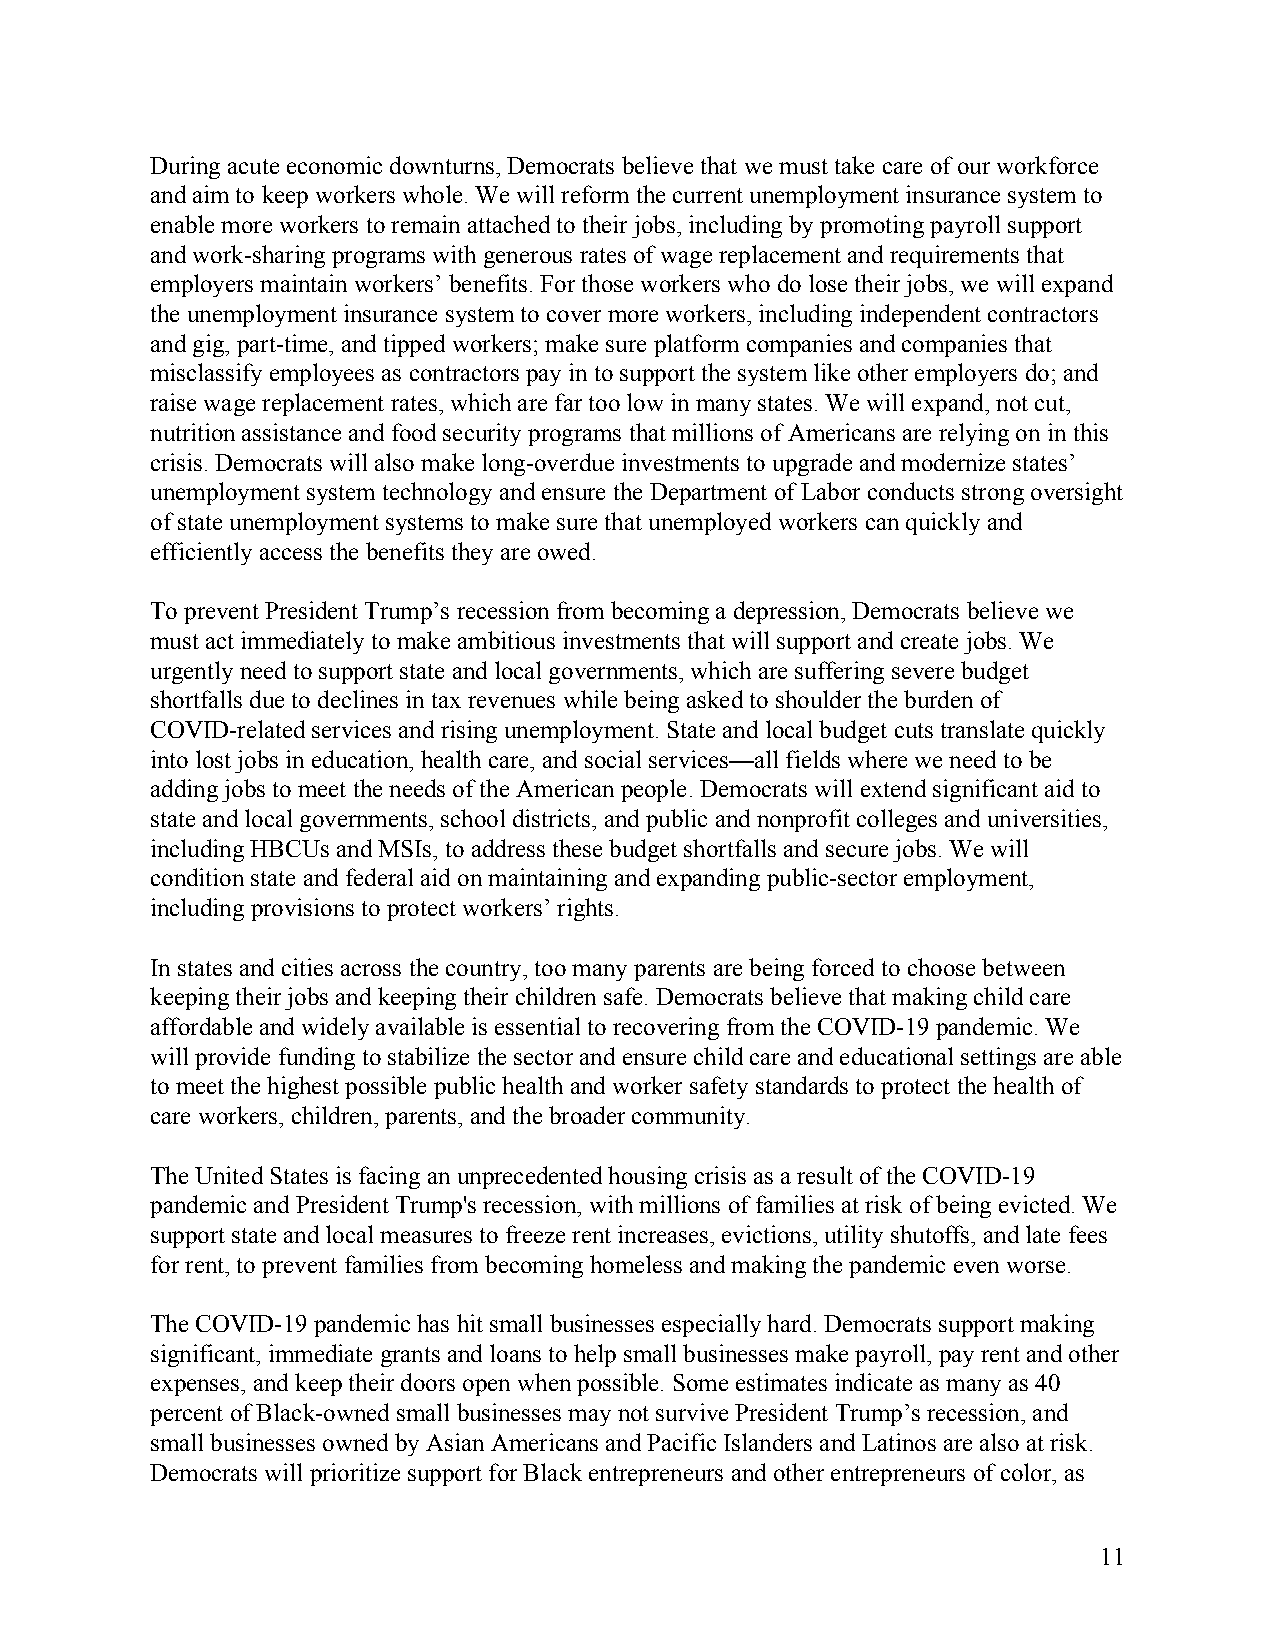
During acute economic downturns, Democrats believe that we must take care of our workforce
 and aim to keep workers whole. We will reform the current unemployment insurance system to
 enable more workers to remain attached to their jobs, including by promoting payroll support
 and work-sharing programs with generous rates of wage replacement and requirements that
 employers maintain workers’ benefits. For those workers who do lose their jobs, we will expand
 the unemployment insurance system to cover more workers, including independent contractors
 and gig, part-time, and tipped workers; make sure platform companies and companies that
 misclassify employees as contractors pay in to support the system like other employers do; and
 raise wage replacement rates, which are far too low in many states. We will expand, not cut,
 nutrition assistance and food security programs that millions of Americans are relying on in this
 crisis. Democrats will also make long-overdue investments to upgrade and modernize states’
 unemployment system technology and ensure the Department of Labor conducts strong oversight
 of state unemployment systems to make sure that unemployed workers can quickly and
 efficiently access the benefits they are owed.
 To prevent President Trump’s recession from becoming a depression, Democrats believe we
 must act immediately to make ambitious investments that will support and create jobs. We
 urgently need to support state and local governments, which are suffering severe budget
 shortfalls due to declines in tax revenues while being asked to shoulder the burden of
 COVID-related services and rising unemployment. State and local budget cuts translate quickly
 into lost jobs in education, health care, and social services—all fields where we need to be
 adding jobs to meet the needs of the American people. Democrats will extend significant aid to
 state and local governments, school districts, and public and nonprofit colleges and universities,
 including HBCUs and MSIs, to address these budget shortfalls and secure jobs. We will
 condition state and federal aid on maintaining and expanding public-sector employment,
 including provisions to protect workers’ rights.
 In states and cities across the country, too many parents are being forced to choose between
 keeping their jobs and keeping their children safe. Democrats believe that making child care
 affordable and widely available is essential to recovering from the COVID-19 pandemic. We
 will provide funding to stabilize the sector and ensure child care and educational settings are able
 to meet the highest possible public health and worker safety standards to protect the health of
 care workers, children, parents, and the broader community.
 The United States is facing an unprecedented housing crisis as a result of the COVID-19
 pandemic and President Trump's recession, with millions of families at risk of being evicted. We
 support state and local measures to freeze rent increases, evictions, utility shutoffs, and late fees
 for rent, to prevent families from becoming homeless and making the pandemic even worse.
 The COVID-19 pandemic has hit small businesses especially hard. Democrats support making
 significant, immediate grants and loans to help small businesses make payroll, pay rent and other
 expenses, and keep their doors open when possible. Some estimates indicate as many as 40
 percent of Black-owned small businesses may not survive President Trump’s recession, and
 small businesses owned by Asian Americans and Pacific Islanders and Latinos are also at risk.
 Democrats will prioritize support for Black entrepreneurs and other entrepreneurs of color, as
 11